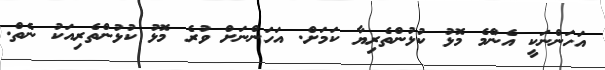
އަހަންނަކީ އެންމެ މޮޅު ކުޅުންތެރިޔާ ކަމަށް. އަހަންނަށް ވުރެ މޮޅު ކުޅުންތެރިއަކު ނެތް.